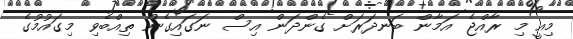
މިއީ މި ރާއްޖެ އަމާން ބަނދަރަށް ގެންދަން އިސް ނަގައިގެން ތިއްބެވި މިގައުމުގެ